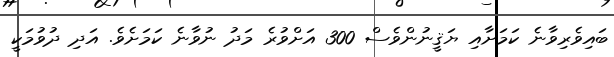
ބައިވެރިވާނެ ކަމަށާއި ޔަޤީނުންވެސް 300 އަށްވުރެ މަދު ނުވާނެ ކަމަށެވެ. އަދި ދުވުމަކީ